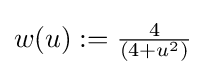
w(u):={\tfrac {4}{(4+u^{2})}}